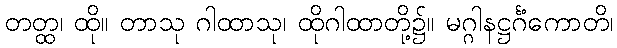
တတ္ထ၊ ထို။ တာသု ဂါထာသု၊ ထိုဂါထာတို့၌။ မဂ္ဂါနဋ္ဌင်္ဂံကောတိ၊